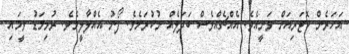
އަހަރެން ކޮޓަރިއަށް ވަނީއެވެ. އެއްޗެއްވެސް ބަދަލެއް ނުކުރަމެވެ. ފޯނު އެއްލާލީމެވެ. ރުޅިމަޑު ވީމައި